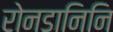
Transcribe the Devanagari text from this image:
रोनडानिनि